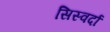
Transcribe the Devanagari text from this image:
सिस्वर्दा